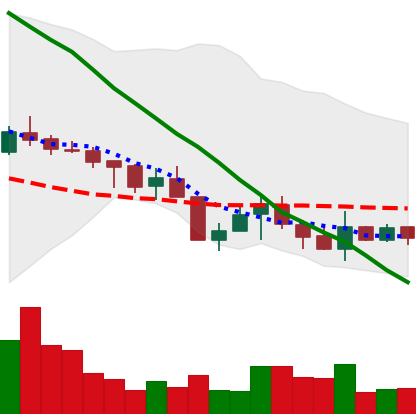
Ticker: XMR-USD
Chart end date: 2018-05-21
Forward return: -17.205%
Label: down_7plus